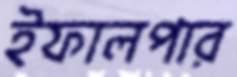
ইফালপার